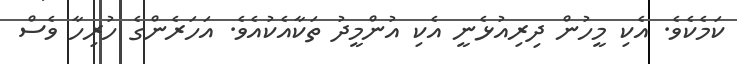
ކަމެކެވެ. އެކި މީހުން ދިރިއުޅެނީ އެކި އުންމީދު ތަކާއެކުއެވެ. އަހަރެންގެ ހުރިހާ ވެސް